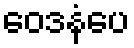
ဝေဒနံပေ